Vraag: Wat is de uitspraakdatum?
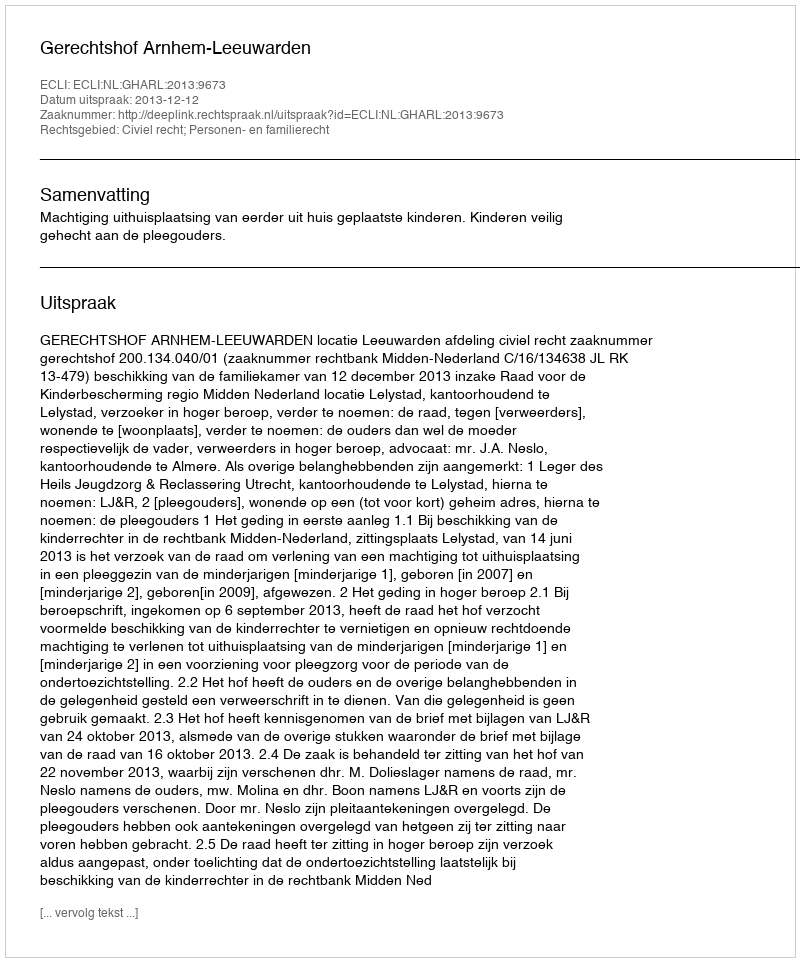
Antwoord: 2013-12-12